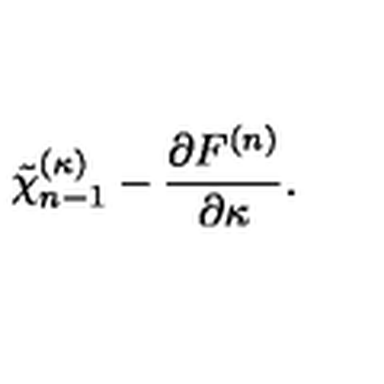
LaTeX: \tilde { \chi } _ { n - 1 } ^ { ( \kappa ) } - { \frac { \partial F ^ { ( n ) } } { \partial \kappa } } .